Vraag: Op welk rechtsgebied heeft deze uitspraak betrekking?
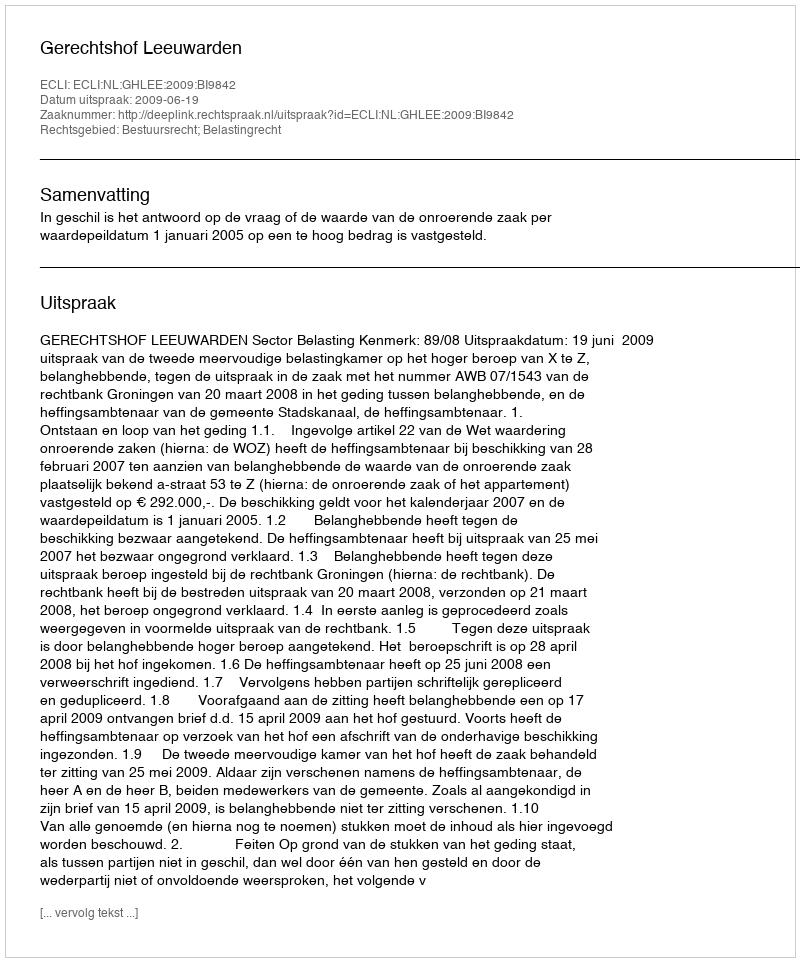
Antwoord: Bestuursrecht; Belastingrecht